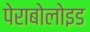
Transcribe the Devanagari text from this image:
पेराबोलोइड